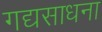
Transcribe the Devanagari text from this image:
गद्यसाधना